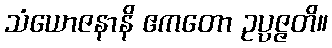
သံယောဇနာနိ ဧကတော ဥပ္ပဇ္ဇတိ။